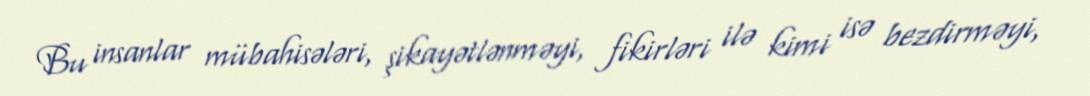
Bu insanlar mübahisələri, şikayətlənməyi, fikirləri ilə kimi isə bezdirməyi,